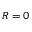
R = 0